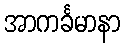
အာကင်္ခမာနာ